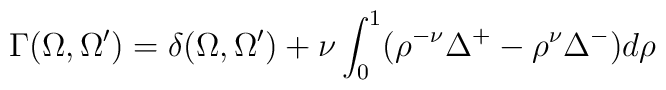
\Gamma (\Omega ,\Omega^{\prime}) = \delta (\Omega ,\Omega^{\prime}) +\nu\int^1_0 (\rho^{-\nu} \Delta^+ - \rho^\nu \Delta^-) d\rho